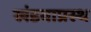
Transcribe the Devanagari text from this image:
खंडवाप्रस्थ